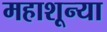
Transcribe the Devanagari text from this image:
महाशून्या